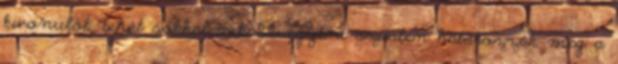
kivonulók tehát sokkal inkább egyéni szinten határozzák meg a